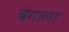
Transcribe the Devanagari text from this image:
बंगाला